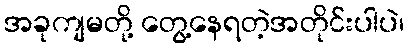
အခုကျမတို့ တွေ့နေရတဲ့အတိုင်းပါပဲ၊